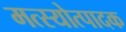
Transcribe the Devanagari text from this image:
मत्स्योत्पादक